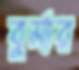
বুর্মার